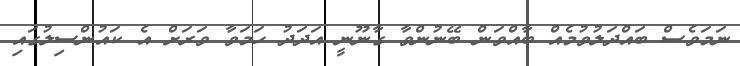
ނަމަވެސް ބައްދަލުވުމެއް ބާއްވަން ބޭނުންވާ ގާނޫނީ އަދަދު ހަމަވާ ވަރަށް އެ ކައުންސިލުގައި